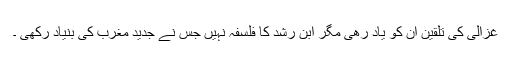
غزالی کی تلقین ان کو یاد رھی مگر ابن رشد کا فلسفہ نہیں جس نے جدید مغرب کی بنیاد رکھی ۔